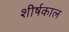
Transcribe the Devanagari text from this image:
शीर्षकाल